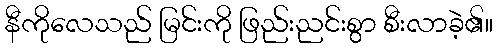
နီကိုလေသည် မြင်းကို ဖြည်းညင်းစွာ စီးလာခဲ့၏။